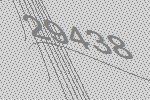
29438